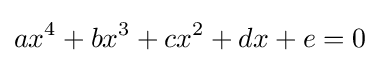
ax^{4}+bx^{3}+cx^{2}+dx+e=0